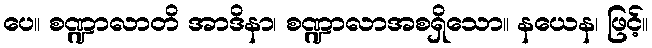
ပေ။ စဏ္ဍာလာတိ အာဒိနာ၊ စဏ္ဍာလာအစရှိသော။ နယေန၊ ဖြင့်။